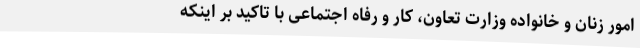
امور زنان و خانواده وزارت تعاون، کار و رفاه اجتماعی با تاکید بر اینکه